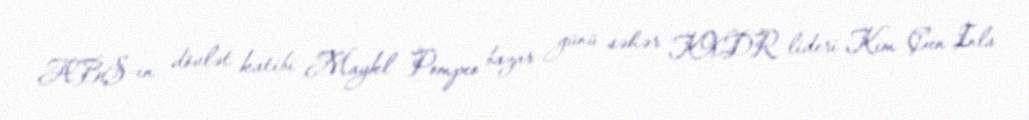
ABŞ-ın dövlət katibi Maykl Pompeo bazar günü səhər KXDR lideri Kim Çen Inla